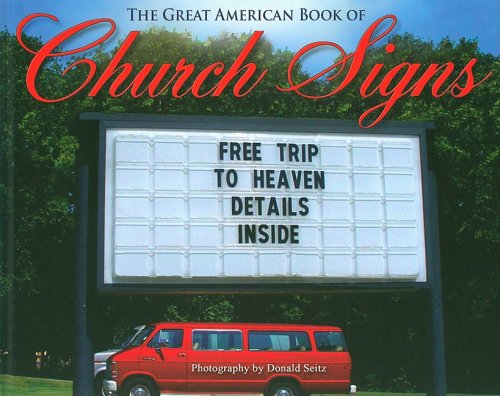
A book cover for The Great American Book of Church Signs; Humor & Entertainment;